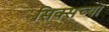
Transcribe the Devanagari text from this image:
सिक्सच्या